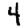
Digit: 4